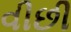
વીછી